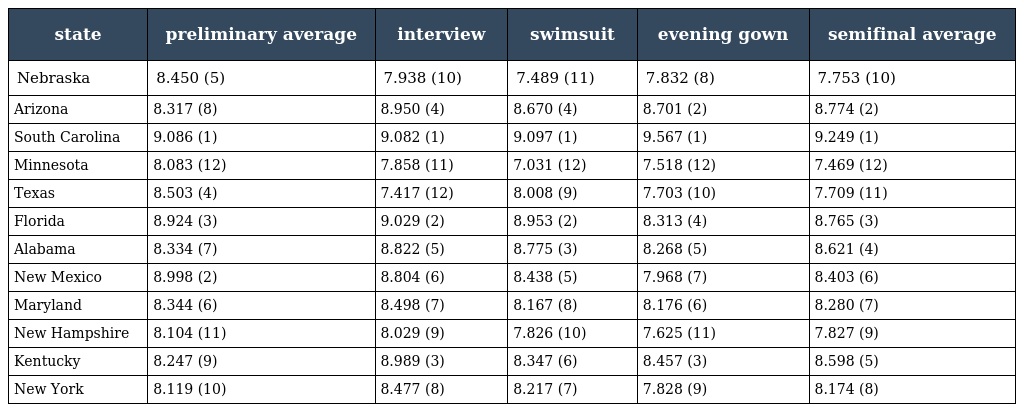
| state | preliminary average | interview | swimsuit | evening gown | semifinal average |
 | --- | --- | --- | --- | --- | --- |
 | Nebraska | 8.450 (5) | 7.938 (10) | 7.489 (11) | 7.832 (8) | 7.753 (10) |
 | Arizona | 8.317 (8) | 8.950 (4) | 8.670 (4) | 8.701 (2) | 8.774 (2) |
 | South Carolina | 9.086 (1) | 9.082 (1) | 9.097 (1) | 9.567 (1) | 9.249 (1) |
 | Minnesota | 8.083 (12) | 7.858 (11) | 7.031 (12) | 7.518 (12) | 7.469 (12) |
 | Texas | 8.503 (4) | 7.417 (12) | 8.008 (9) | 7.703 (10) | 7.709 (11) |
 | Florida | 8.924 (3) | 9.029 (2) | 8.953 (2) | 8.313 (4) | 8.765 (3) |
 | Alabama | 8.334 (7) | 8.822 (5) | 8.775 (3) | 8.268 (5) | 8.621 (4) |
 | New Mexico | 8.998 (2) | 8.804 (6) | 8.438 (5) | 7.968 (7) | 8.403 (6) |
 | Maryland | 8.344 (6) | 8.498 (7) | 8.167 (8) | 8.176 (6) | 8.280 (7) |
 | New Hampshire | 8.104 (11) | 8.029 (9) | 7.826 (10) | 7.625 (11) | 7.827 (9) |
 | Kentucky | 8.247 (9) | 8.989 (3) | 8.347 (6) | 8.457 (3) | 8.598 (5) |
 | New York | 8.119 (10) | 8.477 (8) | 8.217 (7) | 7.828 (9) | 8.174 (8) |